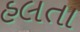
હલતા